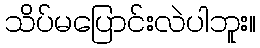
သိပ်မပြောင်းလဲပါဘူး။